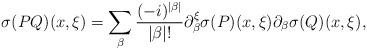
LaTeX: \begin{align*}\sigma (PQ)(x,\xi )=\sum \limits _{\beta}\frac{(-i)^{|\beta |}}{|\beta |!}\partial ^{\xi}_{\beta }\sigma (P)(x,\xi )\partial _{\beta }\sigma (Q)(x,\xi ),\end{align*}